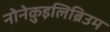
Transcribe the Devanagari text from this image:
नोनेक़ुइलिब्रिउम